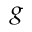
_ g